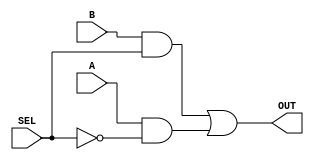
//-----------------------------------------------------------------------------
// UEFS TEC 499
// Lab 0, 2016.1
// Module: Mux2_1.v
// Desc: OUT = A*(~SEL) + B*(SEL)
//-----------------------------------------------------------------------------
module Mux2_1(
    input A,
    input B,
    input SEL,
    output OUT
);
   
	wire temp_1, temp_2;
	
	and (temp_1, B, SEL);
	and (temp_2, A, ~SEL);
	
	or (OUT, temp_1, temp_2);   
endmodule